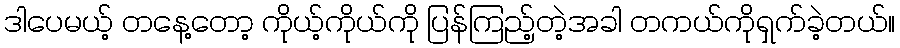
ဒါပေမယ့် တနေ့တော့ ကိုယ့်ကိုယ်ကို ပြန်ကြည့်တဲ့အခါ တကယ်ကိုရှက်ခဲ့တယ်။